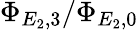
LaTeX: \Phi_{E_{2},3}/\Phi_{E_{2},0}